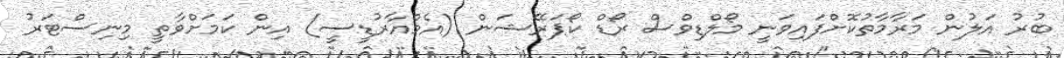
ބުރު އަލުން މަރާމާތުކޮށްފައިވަނީ މޯލްޑިވްސް ރޯޑް ކޯޕަރޭޝަން (އެމްއާރުޑީސީ) އިން ކަމަށްވާތީ މިނިސްޓަރު